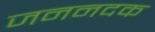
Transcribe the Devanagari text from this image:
जननदक